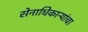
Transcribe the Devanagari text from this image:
सेनाधिकाऱ्यांचा